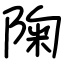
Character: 陱